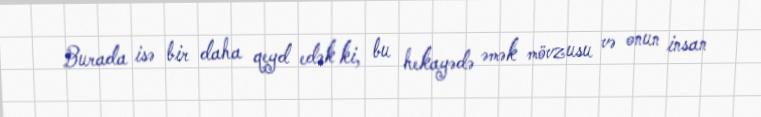
Burada isə bir daha qeyd edək ki, bu hekayədə əmək mövzusu və onun insan